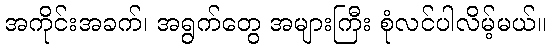
အကိုင်းအခက်၊ အရွက်တွေ အများကြီး စုံလင်ပါလိမ့်မယ်။